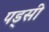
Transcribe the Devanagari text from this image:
पड्सी